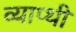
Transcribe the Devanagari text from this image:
व्याप्थी